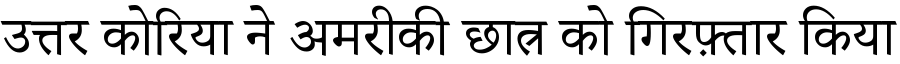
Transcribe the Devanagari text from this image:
उत्तर कोरिया ने अमरीकी छात्र को गिरफ़्तार किया